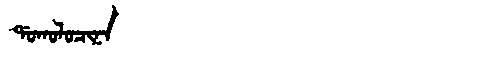
Manchu: ᡩᠣᡴᠣᠯᠣᠴᡳᠨᠠ
Romanization: DOKOLOCINA